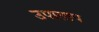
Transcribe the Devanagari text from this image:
उपाताप